Vaccination in Bombay 1874-1876 - 1874-1876
Year: 1874
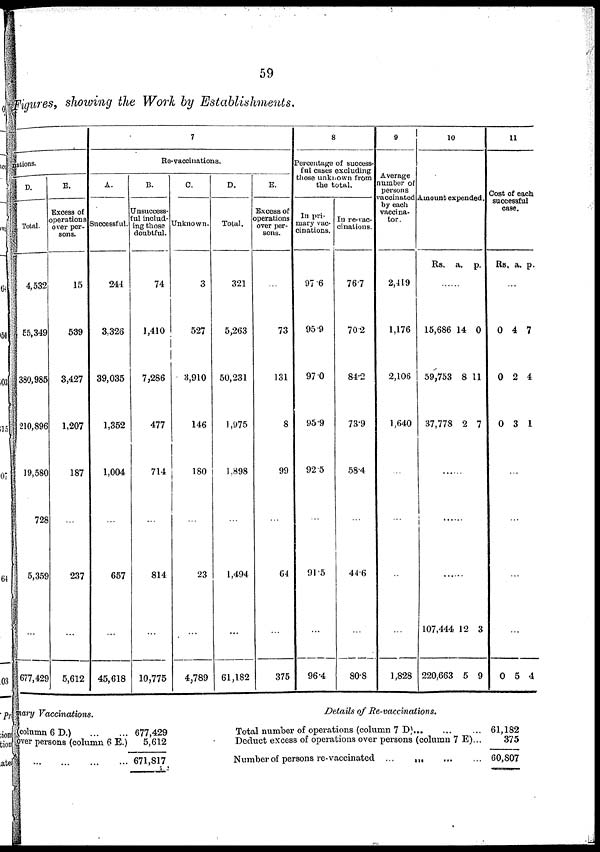
59
Figures, showing the Work by Establishments.
nations.
D.
Total.
4,532
55,349
380,985
210,896
19,580
728
5,359
...
677,429
E.
Excess of
operations
over per-
sons.
15
539
3,427
1,207
187
...
237
...
5,612
7
Re-vaccinations.
A.
Successful.
244
3,326
39,035
1,352
1,004
...
657
...
45,618
B.
Unsuccess-
ful includ-
ing those
doubtful.
74
1,410
7,286
477
714
...
814
...
10,775
C.
Unknown.
3
527
3,910
146
180
...
23
...
4,789
D.
Total.
321
5,263
50,231
1,975
1,898
...
1,494
...
61,182
E.
Excess of
operations
over per-
sons.
...
73
131
8
99
...
64
...
375
8
Percentage of success-
ful cases excluding
those unknown from
the total.
In pri-
mary vac-
cinations.
97.6
95.9
97.0
95.9
92.5
...
91.5
...
96.4
In re-vac-
cinations.
76.7
70 2
84.2
73.9
58.4
...
44.6
...
80.8
9
Average
number of
persons
vaccinated
by each
vaccina-
tor.
2,419
1,176
2,106
1,640
...
...
...
...
1,828
10
Amount expended.
Rs. a. p.
...
15,686
59,753
37,778
14
8
2
0
11
7
......
......
......
107,444
220,663
12
5
3
9
11
Cost of each
successful
case.
Rs. a. p.
...
0
0
0
4
2
3
7
4
1
...
...
...
...
0 5 4
Primary Vaccinations.
(column 6 D.) ...
...
over persons (column 6 E.)
... ... ... ...
677,429
5,612
671,817
Details of Re-vaccinations.
Total number of operations (column 7 D)
...
...
...
Deduct excess of operations over persons (column 7 E)...
Number of persons re-vaccinated ... ... ... ...
61,182
375
60,807